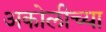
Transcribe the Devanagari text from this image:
अकोलीच्या